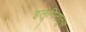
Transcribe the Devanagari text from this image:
इलूमिनातुस